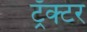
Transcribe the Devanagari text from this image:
ट्रॅक्‍टर